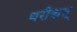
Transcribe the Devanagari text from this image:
थरीकत्